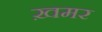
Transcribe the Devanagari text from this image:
ख़मर